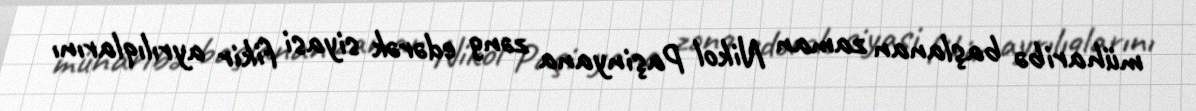
müharibə başlanan zaman Nikol Paşinyana zəng edərək siyasi fikir ayrılıqlarını